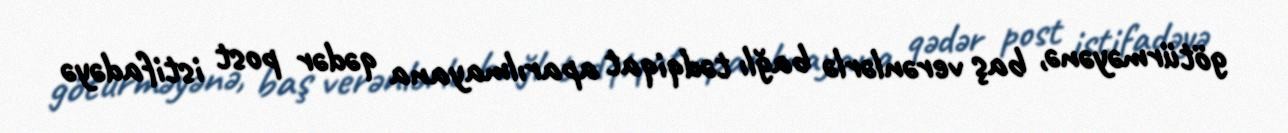
götürməyənə, baş verənlərlə bağlı tədqiqat aparılmayana qədər post istifadəyə